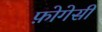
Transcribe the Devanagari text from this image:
फ़ोगेसी